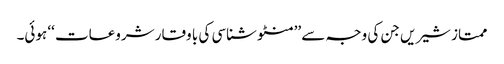
ممتاز شیریں جن کی وجہ سے ’’منٹو شناسی کی با وقار شروعات ‘‘ ہوئی۔